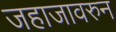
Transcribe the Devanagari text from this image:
जहाजावरुन